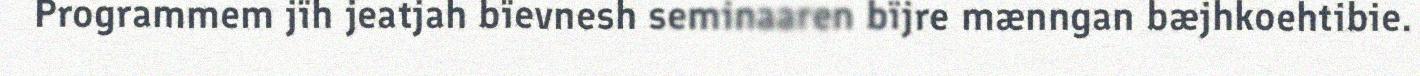
Programmem jïh jeatjah bïevnesh seminaaren bïjre mænngan bæjhkoehtibie.